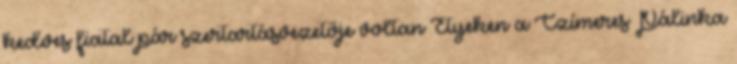
kedves fiatal pár szertartásvezetője voltan Etyeken a Czímeres Pálinka